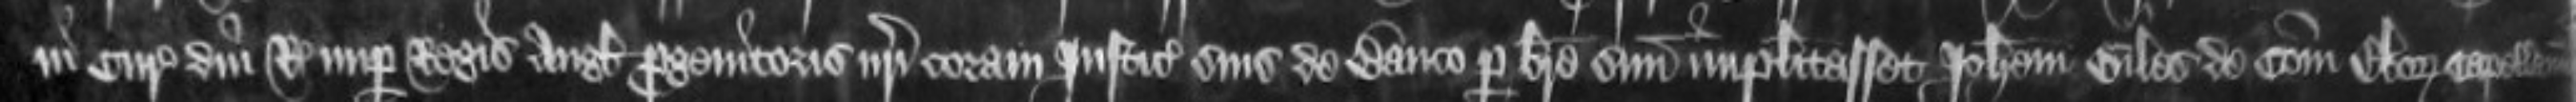
in Curia domini Regis nuper Regis Anglie progenitoris nostri coram Justiciariis suis de Banco per breve suum implacitasset Johannem Giles de comitatu Eboraci capellanum